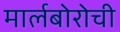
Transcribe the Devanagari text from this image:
मार्लबोरोची